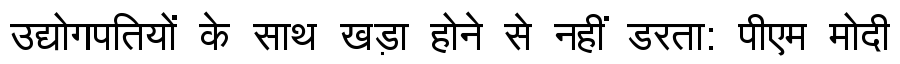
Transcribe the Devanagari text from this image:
उद्योगपतियों के साथ खड़ा होने से नहीं डरता: पीएम मोदी